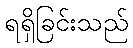
ရရှိခြင်းသည်